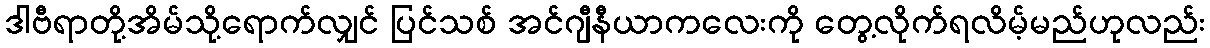
ဒါဗီရာတို့အိမ်သို့ရောက်လျှင် ပြင်သစ် အင်ဂျီနီယာကလေးကို တွေ့လိုက်ရလိမ့်မည်ဟုလည်း